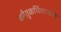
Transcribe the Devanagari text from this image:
कौतुकचिंतामणि